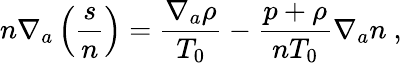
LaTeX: n\nabla_{a}\left(\frac{s}{n}\right)=\frac{\nabla_{a}\rho}{T_{0}}-\frac{p+\rho}{nT_{0}}\nabla_{a}n~,